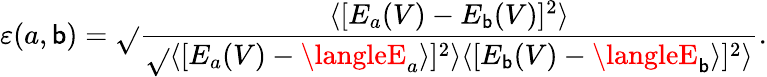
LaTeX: \varepsilon(a,\mathsf{b})=\sqrt{}{{\frac{{\langle[E_{a}(V)-E_{\mathsf{b}}(V)]^{2}\rangle}}{{\sqrt{}{{\langle[E_{a}(V)-\langleE_{a}\rangle]^{2}\rangle\langle[E_{\mathsf{b}}(V)-\langleE_{\mathsf{b}}\rangle]^{2}\rangle}}}}}}.